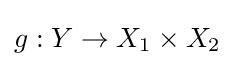
g:Y\to X_{1}\times X_{2}